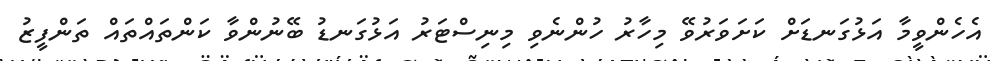
އެހެންވީމާ އަޅުގަނޑަށް ކަށަވަރުވޭ މިހާރު ހުންނެވި މިނިސްޓަރު އަޅުގަނޑު ބޭނުންވާ ކަންތައްތައް ތަންފީޒު